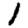
Digit: 1